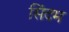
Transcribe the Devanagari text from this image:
सिंदम